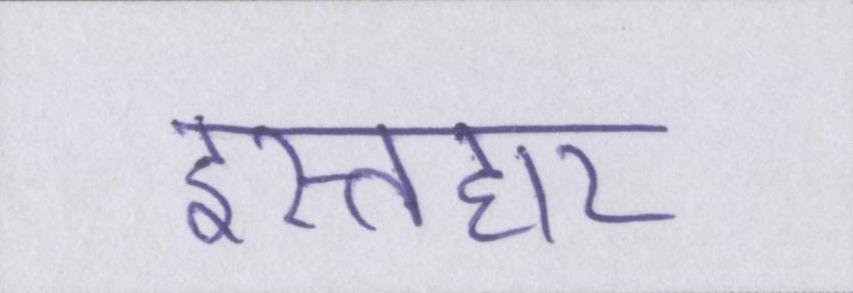
इस्तहार